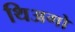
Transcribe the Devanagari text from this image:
थिअगो